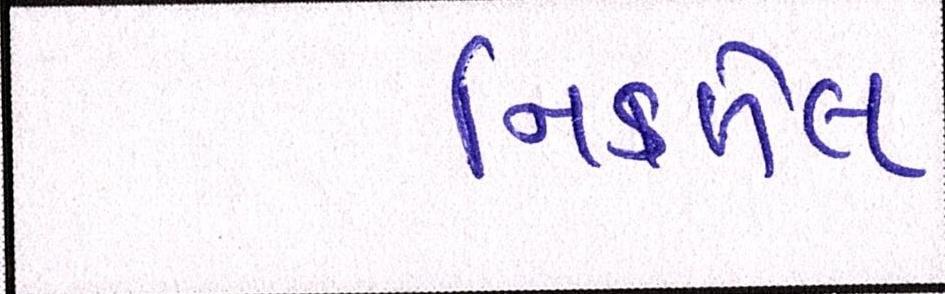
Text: નિકળેલ